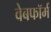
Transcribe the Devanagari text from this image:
वेबफॉर्म